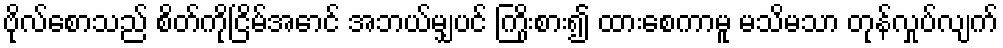
ဗိုလ်စောသည် စိတ်ကိုငြိမ်အောင် အဘယ်မျှပင် ကြိုးစား၍ ထားစေကာမူ မသိမသာ တုန်လှုပ်လျက်